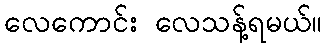
လေကောင်း လေသန့်ရမယ်။